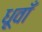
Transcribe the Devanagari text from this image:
धूवाँ